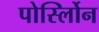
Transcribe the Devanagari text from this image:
पोर्स्लोिन